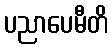
ပညာပေမီတိ